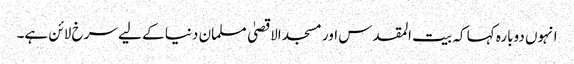
انہوں دوبارہ کہا کہ بیت المقدس اور مسجد الاقصیٰ مسلمان دنیا کے لیے سرخ لائن ہے۔